Report on the working of the Ranchi Indian Mental Hospital, Kanke, in Bihar and Orissa - 1930-1940
Year: 1930
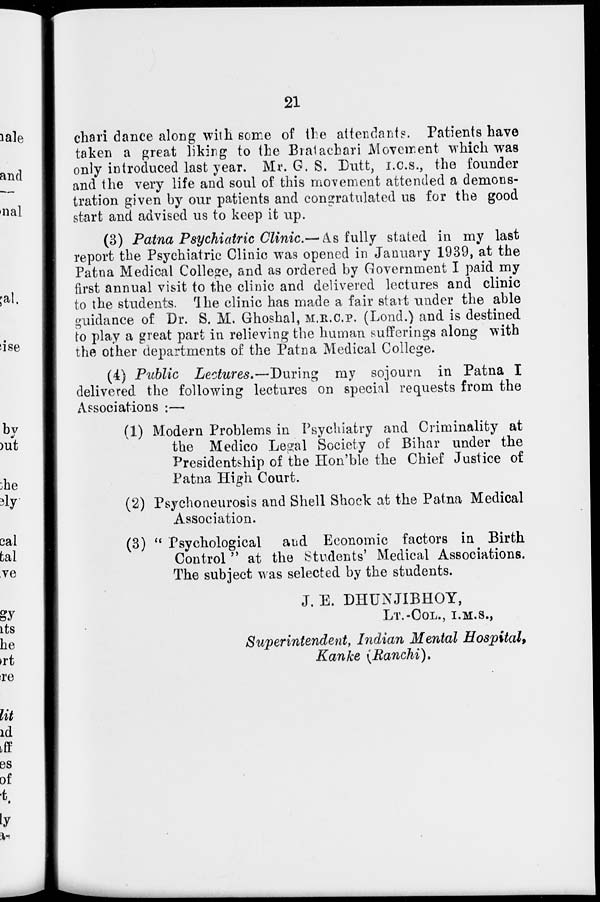
21
chari dance along with some of the attendants. Patients have
taken a great liking to the Bratachari Movement which was
only introduced last year. Mr. G. S. Dutt, I.C.S., the founder
and the very life and soul of this movement attended a demons-
tration given by our patients and congratulated us for the good
start and advised us to keep it up.
(3) Patna Psychiatric Clinic.— As fully stated in my last
report the Psychiatric Clinic was opened in January 1939, at the
Patna Medical College, and as ordered by Government I paid my
first annual visit to the clinic and delivered lectures and clinic
to the students. The clinic has made a fair start under the able
guidance of Dr. S. M. Ghoshal, M.R.C.P. (Lond.) and is destined
to play a great part in relieving the human sufferings along with
the other departments of the Patna Medical College.
(4) Public Lectures.—During
my sojourn in Patna I
delivered the following lectures on special requests from the
Associations :—
(1) Modern Problems in Psychiatry and Criminality at
the Medico Legal Society of Bihar under the
Presidentship of the Hon'ble the Chief Justice of
Patna High Court.
(2) Psychoneurosis and Shell Shock at the Patna Medical
Association.
(3) " Psychological
and Economic factors in Birth
Control " at the Students' Medical Associations.
The subject was selected by the students.
J. E. DHUNJIBHOY,
LT.-COL., I.M.S.,
Superintendent, Indian Mental Hospital,
Kanke (Ranchi).